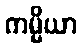
ကမ္မိယာ